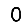
Digit: 0